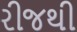
રીજથી